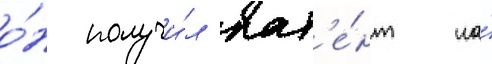
о́н получи́л пат'е́нт на́